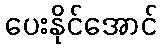
ပေးနိုင်အောင်